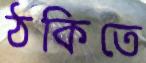
ঠকিতে